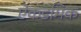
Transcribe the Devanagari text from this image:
ऐकडमिक